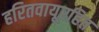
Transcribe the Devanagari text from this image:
हरितवायूरहित